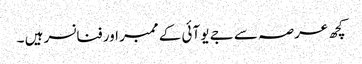
کچھ عرصہ سے جے یو آئی کے ممبر اور فنانسر ہیں ۔